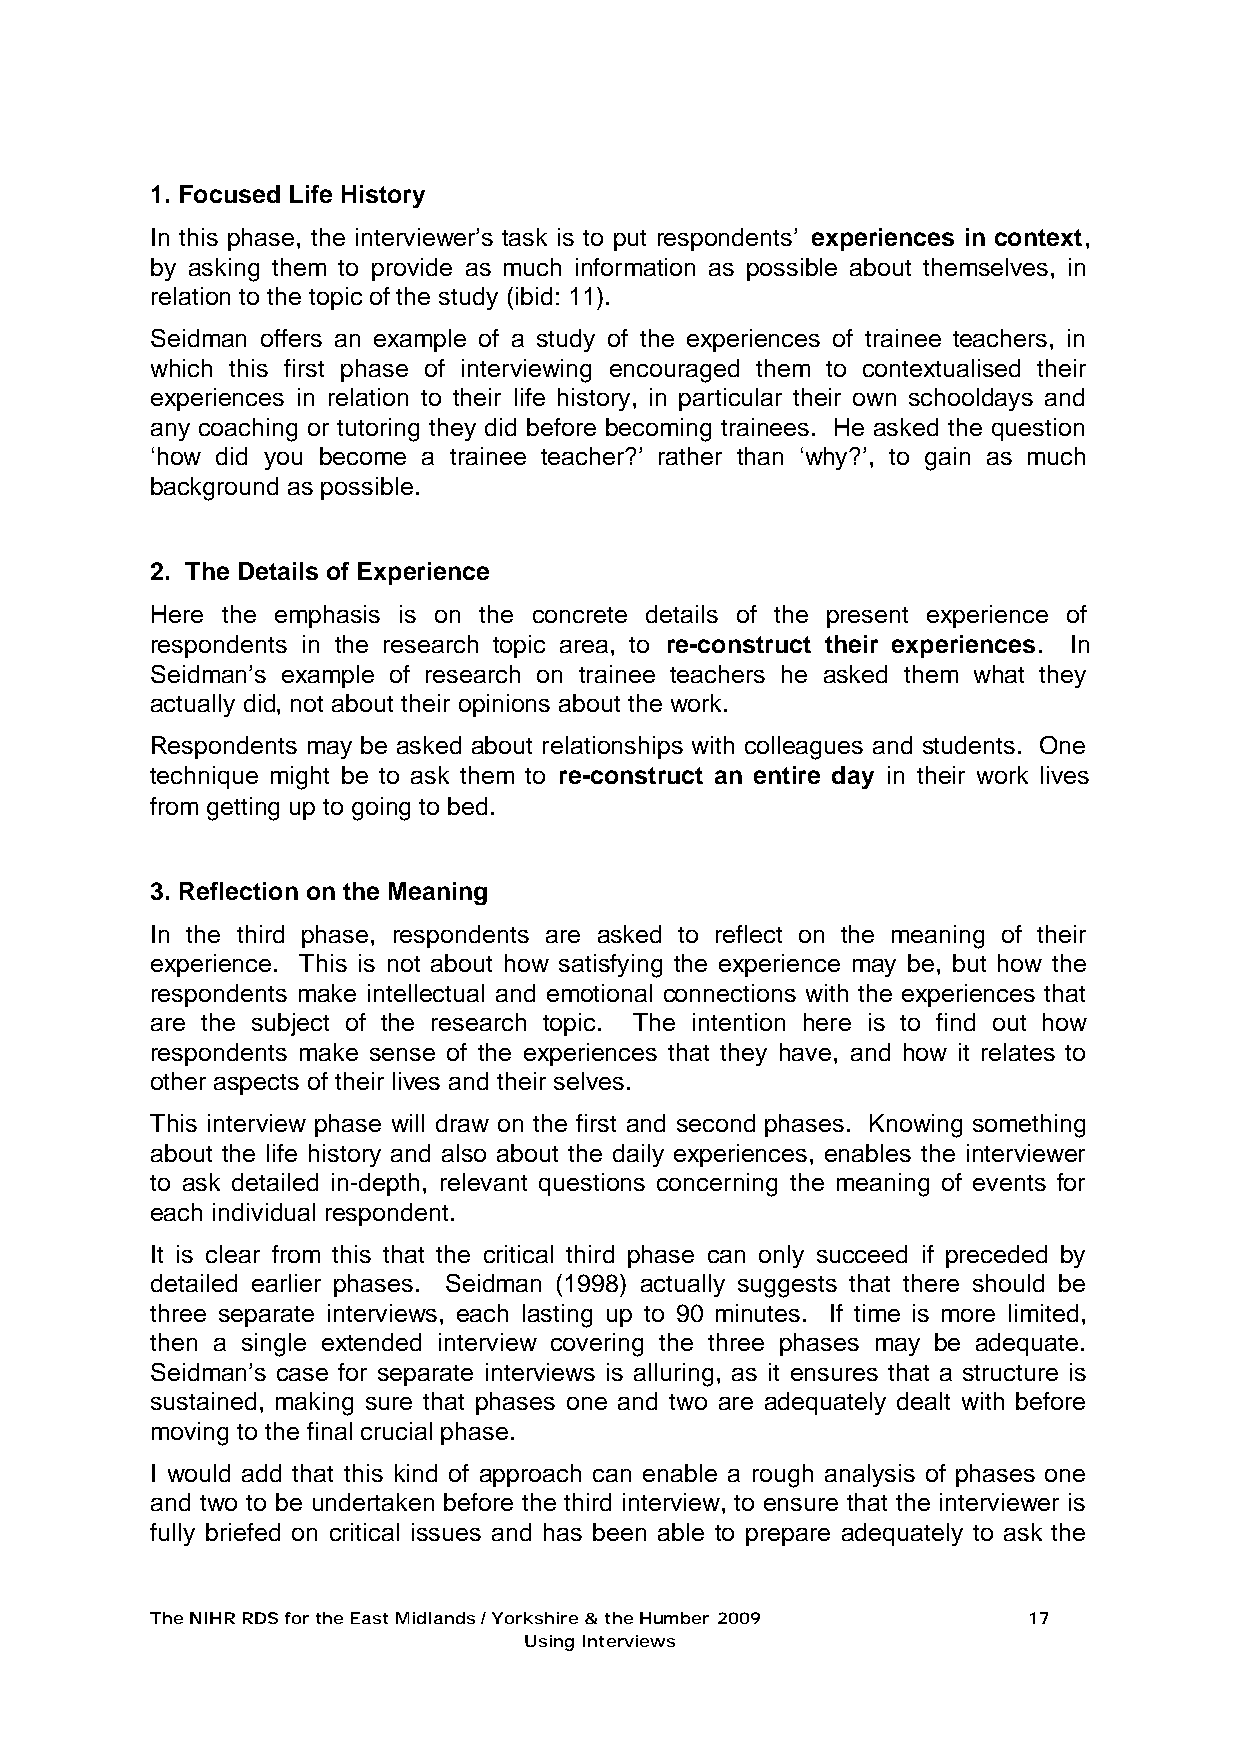
1. Focused Life History
 In this phase, the interviewer’s task is to put respondents’ experiences in context,
 by asking them to provide as much information as possible about themselves, in
 relation to the topic of the study (ibid: 11).
 Seidman offers an example of a study of the experiences of trainee teachers, in
 which this first phase of interviewing encouraged them to contextualised their
 experiences in relation to their life history, in particular their own schooldays and
 any coaching or tutoring they did before becoming trainees. He asked the question
 ‘how did you become a trainee teacher?’ rather than ‘why?’, to gain as much
 background as possible.
 2. The Details of Experience
 Here the emphasis is on the concrete details of the present experience of
 respondents in the research topic area, to re-construct their experiences . In
 Seidman’s example of research on trainee teachers he asked them what they
 actually did, not about their opinions about the work.
 Respondents may be asked about relationships with colleagues and students. One
 technique might be to ask them to re-construct an entire day in their work lives
 from getting up to going to bed.
 3. Reflection on the Meaning
 In the third phase, respondents are asked to reflect on the meaning of their
 experience. This is not about how satisfying the experience may be, but how the
 respondents make intellectual and emotional connections with the experiences that
 are the subject of the research topic. The intention here is to find out how
 respondents make sense of the experiences that they have, and how it relates to
 other aspects of their lives and their selves.
 This interview phase will draw on the first and second phases. Knowing something
 about the life history and also about the daily experiences, enables the interviewer
 to ask detailed in-depth, relevant questions concerning the meaning of events for
 each individual respondent.
 It is clear from this that the critical third phase can only succeed if preceded by
 detailed earlier phases. Seidman (1998) actually suggests that there should be
 three separate interviews, each lasting up to 90 minutes. If time is more limited,
 then a single extended interview covering the three phases may be adequate.
 Seidman’s case for separate interviews is alluring, as it ensures that a structure is
 sustained, making sure that phases one and two are adequately dealt with before
 moving to the final crucial phase.
 I would add that this kind of approach can enable a rough analysis of phases one
 and two to be undertaken before the third interview, to ensure that the interviewer is
 fully briefed on critical issues and has been able to prepare adequately to ask the
 The NIHR RDS for the East Midlands / Yorkshire & the Humber 2009 17
 Using Interviews